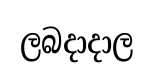
ලබදාදාල